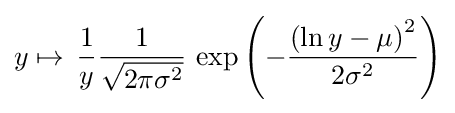
y\mapsto \,{\frac {1}{y}}{\frac {1}{\sqrt {2\pi \sigma ^{2}}}}\,\exp \left(-{\frac {\left(\ln y-\mu \right)^{2}}{2\sigma ^{2}}}\right)